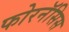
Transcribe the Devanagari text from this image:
फोरनॅसिस